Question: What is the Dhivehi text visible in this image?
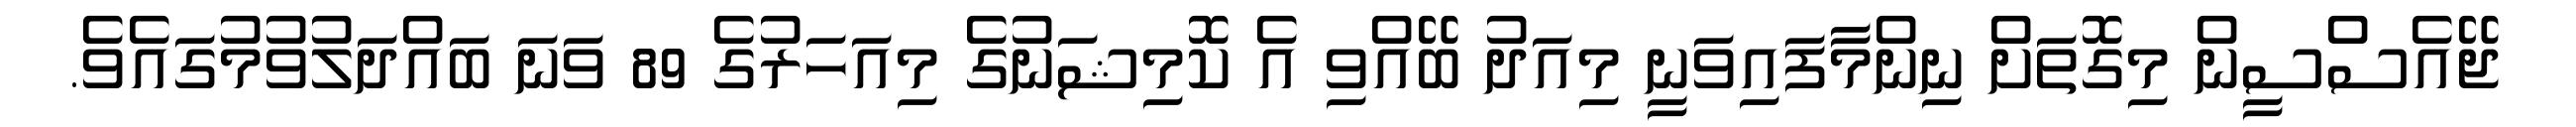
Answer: ޖޭއެސްސީން މިގޮތަށް ނިންމާފައިވަނީ މިއަދު ބޭއްވި އެ ކޮމިޝަނުގެ މިއަހަރުގެ 89 ވަނަ ބައްދަލުވުމުގައެވެ.